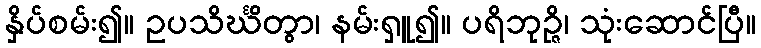
နှိပ်စမ်း၍။ ဥပသိင်္ဃိတွာ၊ နမ်းရှူ၍။ ပရိဘုဉ္ဇိ၊ သုံးဆောင်ပြီ။